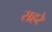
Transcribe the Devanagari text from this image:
सहरे